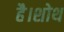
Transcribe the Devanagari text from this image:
है।शोथ